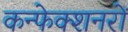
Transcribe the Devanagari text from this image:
कन्फेक्शनरों